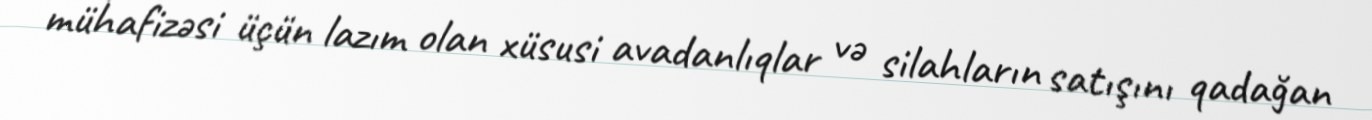
mühafizəsi üçün lazım olan xüsusi avadanlıqlar və silahların satışını qadağan